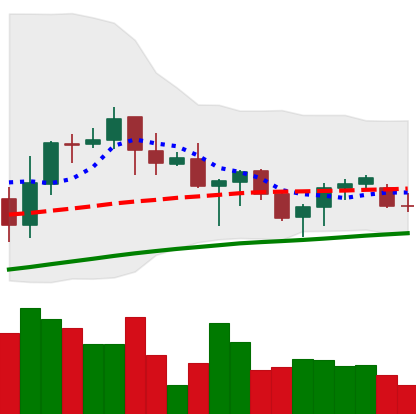
Ticker: ADA-USD
Chart end date: 2021-06-17
Forward return: -22.193%
Label: down_7plus